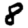
Digit: 8